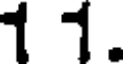
1 1.